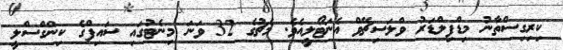
ކިރިގިސްތާނު މިޑްފިލްޑަރު ވްލަސިޗޭވް އެނަޓޯލީއެވެ. މެޗުގެ 32 ވަނަ މިނެޓުގައި ސައިފްގެ ކިންގްސްލީ